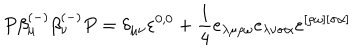
P \beta _ { \mu } ^ { ( - ) } \beta _ { \nu } ^ { ( - ) } P = \delta _ { \mu \nu } \varepsilon ^ { 0 , 0 } + \frac 1 4 e _ { \lambda \mu \rho \omega } e _ { \lambda \nu \sigma \alpha } \varepsilon ^ { [ \rho \omega ] [ \sigma \alpha ] }